Vaccination North-Western Provinces 1866-1877 - 1866-1877
Year: 1866
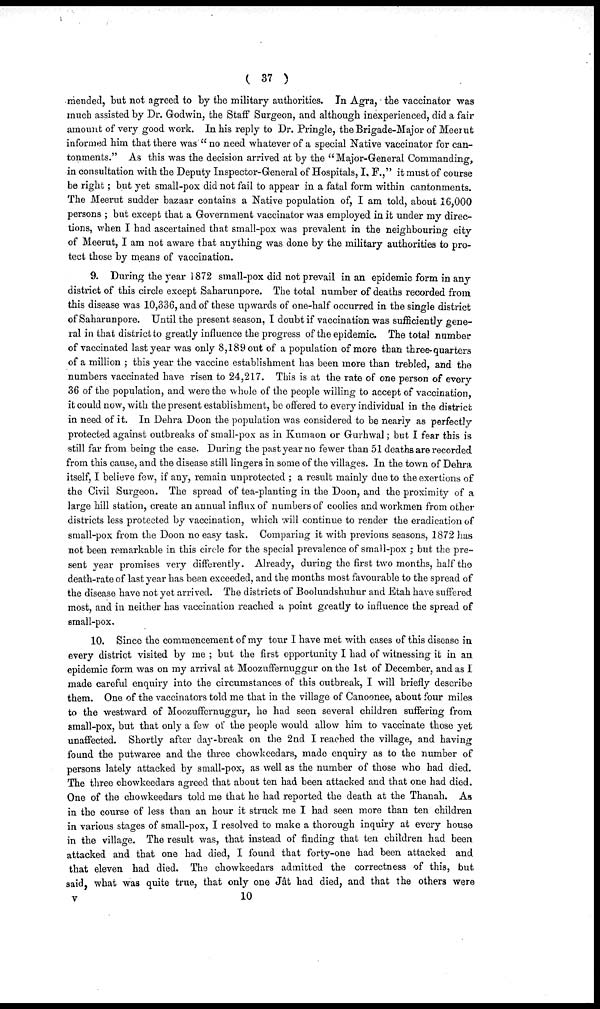
( 37 )
mended, but not agreed to by the military authorities. In Agra, the vaccinator was
much assisted by Dr. Godwin, the Staff Surgeon, and although inexperienced, did a fair
amount of very good work. In his reply to Dr. Pringle, the Brigade-Major of Meerut
informed him that there was "no need whatever of a special Native vaccinator for can-
tonments." As this was the decision arrived at by the "Major-General Commanding,
in consultation with the Deputy Inspector-General of Hospitals, I. F.," it must of course
be right; but yet small-pox did not fail to appear in a fatal form within cantonments.
The Meerut sudder bazaar contains a Native population of, I am told, about 16,000
persons ; but except that a Government vaccinator was employed in it under my direc-
tions, when I had ascertained that small-pox was prevalent in the neighbouring city
of Meerut, I am not aware that anything was done by the military authorities to pro-
tect those by means of vaccination.
9. During the year 1872 small-pox did not prevail in an epidemic form in any
district of this circle except Saharunpore. The total number of deaths recorded from
this disease was 10,336, and of these upwards of one-half occurred in the single district
of Saharunpore. Until the present season, I doubt if vaccination was sufficiently gene-
ral in that district to greatly influence the progress of the epidemic. The total number
of vaccinated last year was only 8,189 out of a population of more than three-quarters
of a million ; this year the vaccine establishment has been more than trebled, and the
numbers vaccinated have risen to 24,217. This is at the rate of one person of every
36 of the population, and were the whole of the people willing to accept of vaccination,
it could now, with the present establishment, be offered to every individual in the district
in need of it. In Dehra Doon the population was considered to be nearly as perfectly
protected against outbreaks of small-pox as in Kumaon or Gurhwal; but I fear this is
still far from being the case. During the past year no fewer than 51 deaths are recorded
from this cause, and the disease still lingers in some of the villages. In the town of Dehra
itself, I believe few, if any, remain unprotected ; a result mainly due to the exertions of
the Civil Surgeon. The spread of tea-planting in the Doon, and the proximity of a
large hill station, create an annual influx of numbers of coolies and workmen from other
districts less protected by vaccination, which will continue to render the eradication of
small-pox from the Doon no easy task. Comparing it with previous seasons, 1872 has
not been remarkable in this circle for the special prevalence of small-pox; but the pre-
sent year promises very differently. Already, during the first two months, half the
death-rate of last year has been exceeded, and the months most favourable to the spread of
the disease have not yet arrived. The districts of Boolundshuhur and Etah have suffered
most, and in neither has vaccination reached a point greatly to influence the spread of
small-pox.
10. Since the commencement of my tour I have met with cases of this disease in
every district visited by me ; but the first opportunity I had of witnessing it in an
epidemic form was on my arrival at Moozuffernuggur on the 1st of December, and as I
made careful enquiry into the circumstances of this outbreak, I will briefly describe
them. One of the vaccinators told me that in the village of Canoonee, about four miles
to the westward of Moozuffernuggur, he had seen several children suffering from
small-pox, but that only a few of the people would allow him to vaccinate those yet
unaffected. Shortly after day-break on the 2nd I reached the village, and having
found the putwaree and the three chowkeedars, made enquiry as to the number of
persons lately attacked by small-pox, as well as the number of those who had died.
The three chowkeedars agreed that about ten had been attacked and that one had died.
One of the chowkeedars told me that he had reported the death at the Thanah. As
in the course of less than an hour it struck me I had seen more than ten children
in various stages of small-pox, I resolved to make a thorough inquiry at every house
in the village. The result was, that instead of finding that ten children had been
attacked and that one had died, I found that forty-one had been attacked and
that eleven had died. The chowkeedars admitted the correctness of this, but
said, what was quite true, that only one Jât had died, and that the others were
v
10